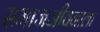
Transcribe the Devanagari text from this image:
समाजजीवनाला